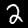
Digit: 2